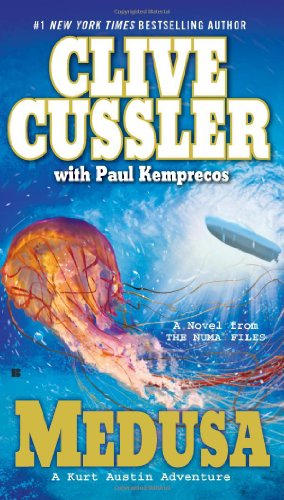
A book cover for Medusa (Kurt Austin, Bk 8); Clive Cussler; Literature & Fiction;